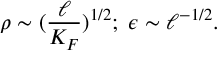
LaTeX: \rho \sim ( \frac { \ell } { K _ { F } } ) ^ { 1 / 2 } ; \; \epsilon \sim \ell ^ { - 1 / 2 } .